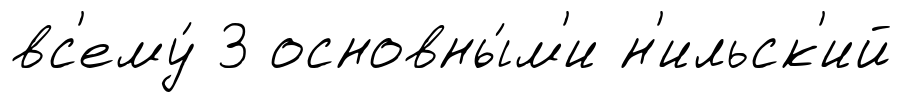
вс'ему́ 3 основны́м'и н'ильск'ий